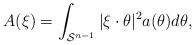
LaTeX: \begin{align*}A(\xi) = \int_{\mathcal{S}^{n-1}}|\xi\cdot\theta|^{2}a(\theta)d\theta,\end{align*}